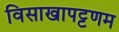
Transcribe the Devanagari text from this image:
विसाखापट्टणम